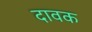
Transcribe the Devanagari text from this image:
दावक